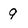
Character: 9